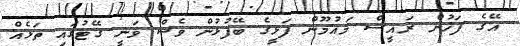
އޭގެ ފަހުން ރައީސް މައުމޫން ފަޅީގެ ބޭފުޅުން ވެސް ވަނީ ގޭޓުގައި ތަޅެއް